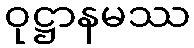
ဝုဋ္ဌာနမဿ